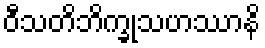
ဝီသတိဘိက္ခုသဟဿာနိ